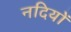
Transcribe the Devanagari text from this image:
नदियों